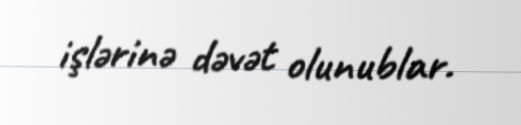
işlərinə dəvət olunublar.